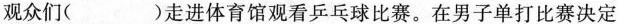
观众们（ ）走进体育馆观看乒乓球比赛。在男子单打比赛决定